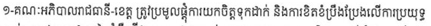
១-គណៈអភិបាលរាជធានី-ខេត្ត ត្រូវប្រមូលផ្តុំការយកចិត្តទុកដាក់ និងការខិតខំប្រឹងប្រែងលើការប្រយុទ្ធ